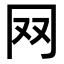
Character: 𦉳